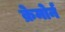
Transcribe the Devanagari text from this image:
क्रेमोर्न